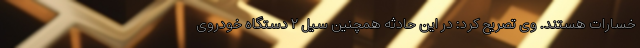
خسارات هستند. وی تصریح کرد: در این حادثه همچنین سیل ۲ دستگاه خودروی